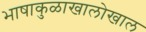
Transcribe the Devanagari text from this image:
भाषाकुळाखालोखाल